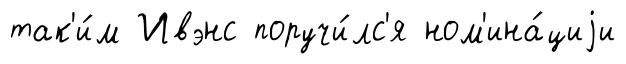
так'и́м Ивэнс поручи́лс'я ном'ина́циjи